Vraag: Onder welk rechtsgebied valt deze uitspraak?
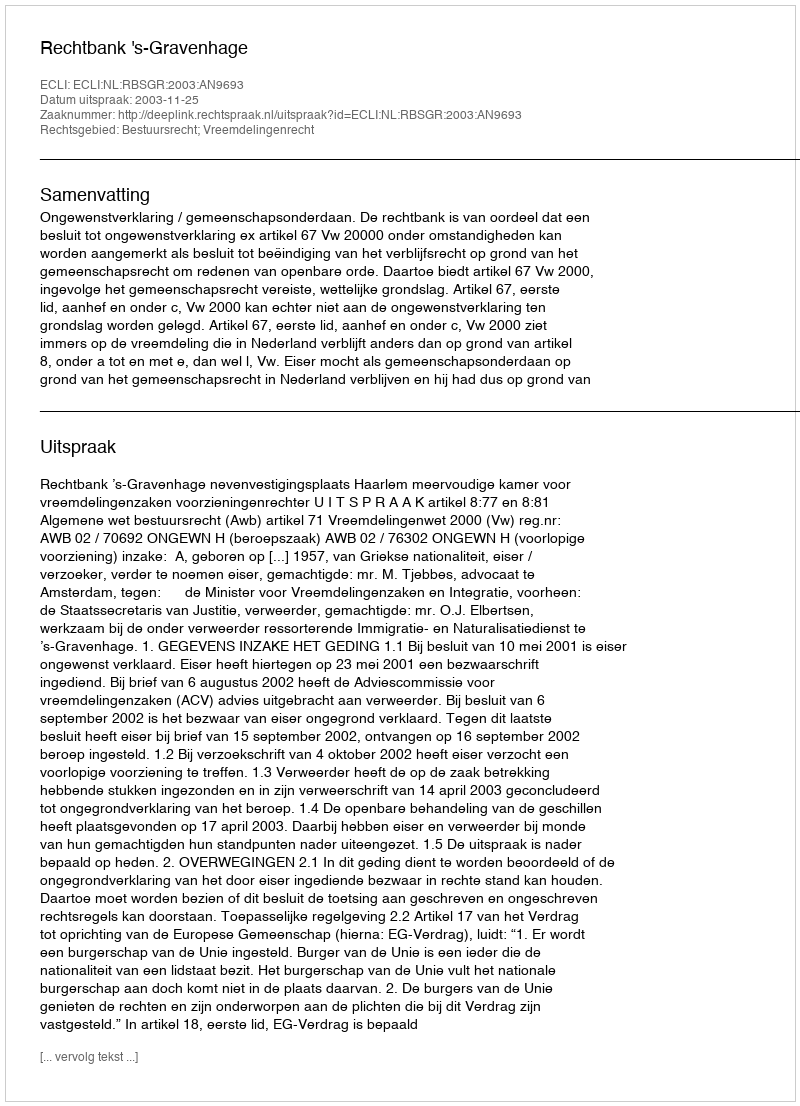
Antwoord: Bestuursrecht; Vreemdelingenrecht